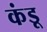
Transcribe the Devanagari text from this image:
कंडू